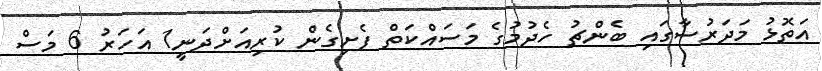
އަތޮޅު މަދަރުސާގައި ބެންޗު ހެދުމުގެ މަސައްކަތް ފެށިގެން ކުރިއަށްދަނީ1 އަހަރު 6 މަސް